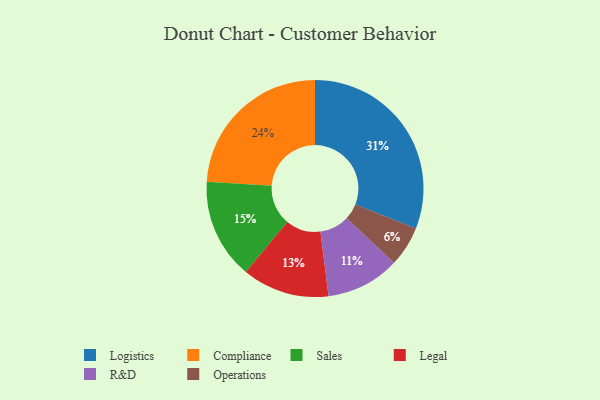
{"axis": {"x": "Category", "y": "Percentage"}, "legend": ["Compliance", "Legal", "Logistics", "Operations", "R&D", "Sales"], "data": [{"x": "Legal", "y": 13, "type": "Legal"}, {"x": "Compliance", "y": 24, "type": "Compliance"}, {"x": "Logistics", "y": 31, "type": "Logistics"}, {"x": "Sales", "y": 15, "type": "Sales"}, {"x": "Operations", "y": 6, "type": "Operations"}, {"x": "R&D", "y": 11, "type": "R&D"}]}